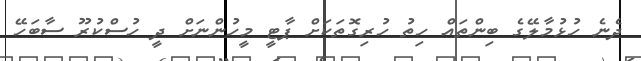
ދެނެ ހުޅުމާލޭގެ ބިންތައް ހިތު ހުރިގޮތަކަށް ޕާޓީ މީހުންނަށް ދީ ހުސްކުރޫ ސާބަހޭ